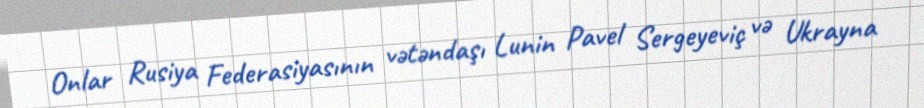
Onlar Rusiya Federasiyasının vətəndaşı Lunin Pavel Sergeyeviç və Ukrayna